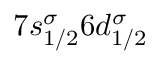
7 s _ { 1 / 2 } ^ { \sigma } 6 d _ { 1 / 2 } ^ { \sigma }